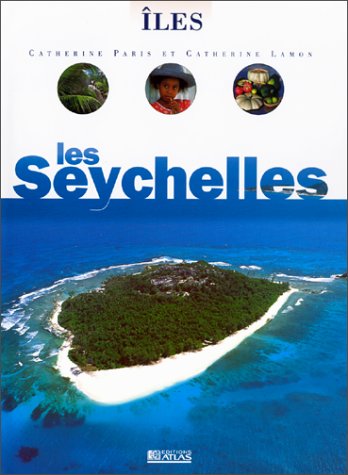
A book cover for Les Seychelles 1997; Guide Atlas; Travel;